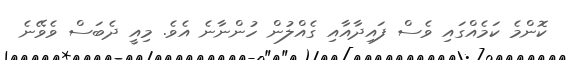
ކޮންމެ ކަމެއްގައި ވެސް ފައިދާއާއި ގެއްލުން ހުންނާނެ އެވެ. މިއީ ދެބަސް ވެވޭނެ